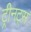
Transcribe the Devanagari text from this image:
ट्रीनट्स